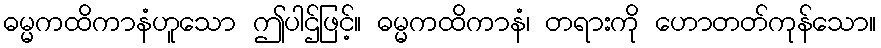
ဓမ္မကထိကာနံဟူသော ဤပါဌ်ဖြင့်။ ဓမ္မကထိကာနံ၊ တရားကို ဟောတတ်ကုန်သော။